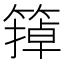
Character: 𬕩